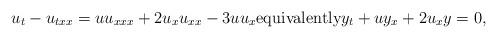
LaTeX: \begin{align*}u_t-u_{txx}=uu_{xxx}+2u_xu_{xx}-3uu_x\hbox{equivalently} y_t+uy_x+2u_xy=0,\end{align*}